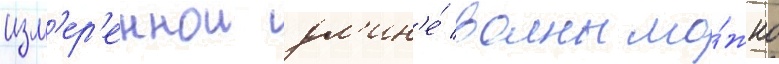
изм'ер'еннои дл'ин'е́ волны мо́жно